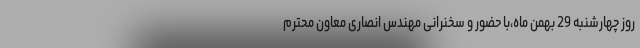
روز چهارشنبه 29 بهمن ماه،با حضور و سخنرانی مهندس انصاری معاون محترم